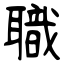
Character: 職